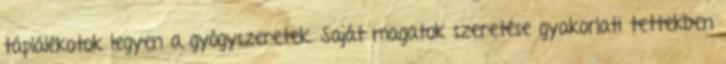
táplálékotok legyen a gyógyszeretek. Saját magatok szeretése gyakorlati tettekben